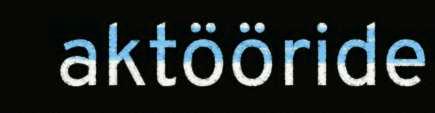
aktööride